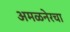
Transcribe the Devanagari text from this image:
अमळनेरचा